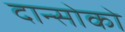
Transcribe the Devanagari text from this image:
दान्सोको